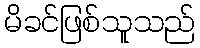
မိခင်ဖြစ်သူသည်